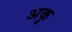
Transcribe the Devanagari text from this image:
अकु